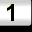
Digit: 1